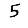
Digit: 5